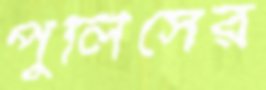
পুলিসের